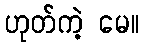
ဟုတ်ကဲ့ မေ။